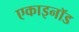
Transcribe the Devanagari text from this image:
एकाइनॉड